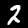
Digit: 2